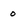
Character: o